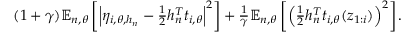
\begin{array} { r } { ( 1 + \gamma ) { \mathbb E } _ { n , \theta } \left[ \left| \eta _ { i , \theta , h _ { n } } - \frac 1 2 h _ { n } ^ { T } t _ { i , \theta } \right| ^ { 2 } \right] + \frac { 1 } { \gamma } { \mathbb E } _ { n , \theta } \left[ \left( \frac 1 2 h _ { n } ^ { T } t _ { i , \theta } ( z _ { 1 : i } ) \right) ^ { 2 } \right] . } \end{array}